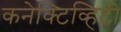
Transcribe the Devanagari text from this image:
कनेक्टिव्हिटी